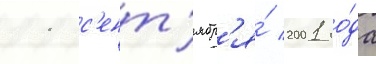
11 с'ент'ябр'я́ 2001 го́да